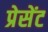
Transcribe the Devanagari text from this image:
प्रेसेंट